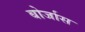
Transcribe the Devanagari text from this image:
बोर्जास